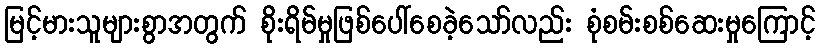
မြင့်မားသူများစွာအတွက် စိုးရိမ်မှုဖြစ်ပေါ်စေခဲ့သော်လည်း စုံစမ်းစစ်ဆေးမှုကြောင့်